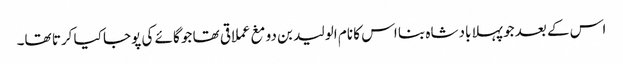
اس کے بعد جو پہلا بادشاہ بنا اس کا نام الولید بن دومغ عملاقی تھا جو گائے کی پوجا کیا کرتا تھا۔